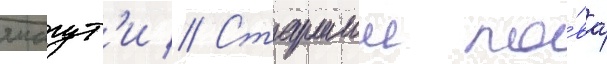
ямагут'и // Старшии по́вар